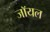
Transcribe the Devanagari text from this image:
जाॅयल